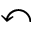
\curvearrowleft